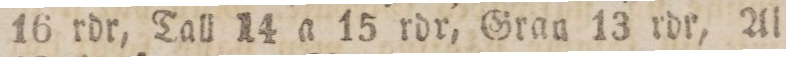
16 rdr, Tall 14 a 15 rdr, Gran 13 rdr, Al